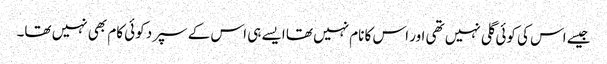
جیسے اس کی کوئی گلی نہیں تھی اور اس کا نام نہیں تھا ایسے ہی اس کے سپرد کوئی کام بھی نہیں تھا۔